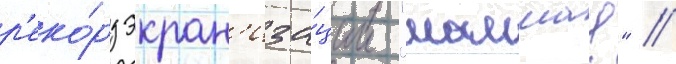
р'еко́рд экран'иза́ции "мамма!" //